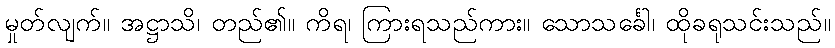
မှုတ်လျက်။ အဋ္ဌာသိ၊ တည်၏။ ကိရ၊ ကြားရသည်ကား။ သောသင်္ခေါ၊ ထိုခရုသင်းသည်။